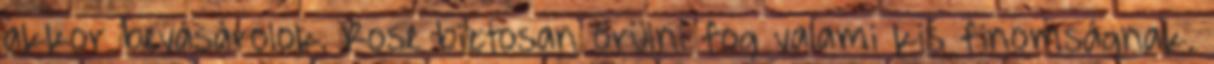
akkor bevásárolok. Rose biztosan örülni fog valami kis finomságnak.